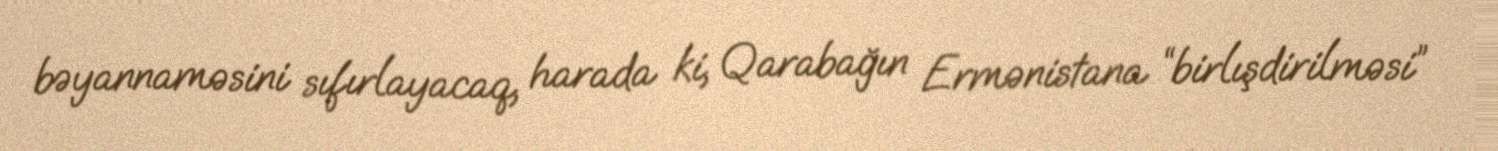
bəyannaməsini sıfırlayacaq, harada ki, Qarabağın Ermənistana “birlışdirilməsi”